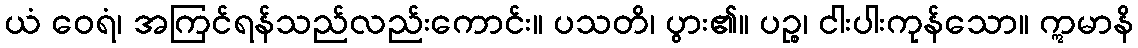
ယံ ဝေရံ၊ အကြင်ရန်သည်လည်းကောင်း။ ပသတိ၊ ပွား၏။ ပဉ္စ၊ ငါးပါးကုန်သော။ ဣမာနိ